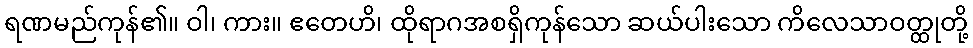
ရဏမည်ကုန်၏။ ဝါ၊ ကား။ ဧတေဟိ၊ ထိုရာဂအစရှိကုန်သော ဆယ်ပါးသော ကိလေသာဝတ္ထုတို့